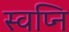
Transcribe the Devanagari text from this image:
स्वप्नि